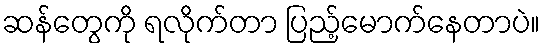
ဆန်တွေကို ရလိုက်တာ ပြည့်မောက်နေတာပဲ။